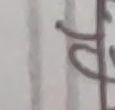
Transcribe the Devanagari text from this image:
ट्या